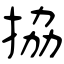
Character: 拹